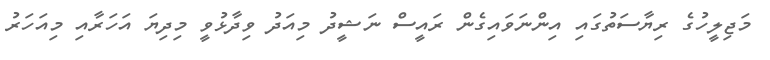
މަޖިލީހުގެ ރިޔާސަތުގައި އިންނަވައިގެން ރައީސް ނަޝީދު މިއަދު ވިދާޅުވީ މިދިޔަ އަހަރާއި މިއަހަރު